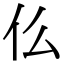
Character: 仫